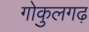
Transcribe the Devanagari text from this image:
गोकुलगढ़